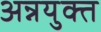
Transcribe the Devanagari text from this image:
अन्नयुक्त